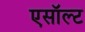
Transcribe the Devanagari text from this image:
एसॉल्ट